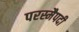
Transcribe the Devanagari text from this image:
परस्मैपदी